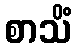
စာသိံ